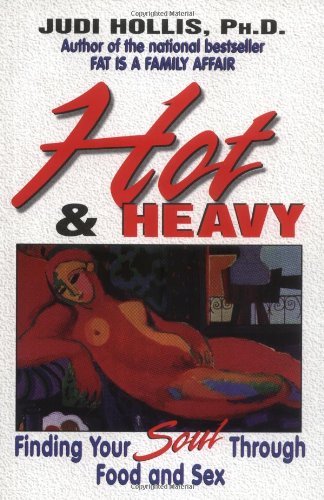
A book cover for Hot & Heavy: Finding Your Soul Through Food and Sex; Judi Hollis; Health, Fitness & Dieting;